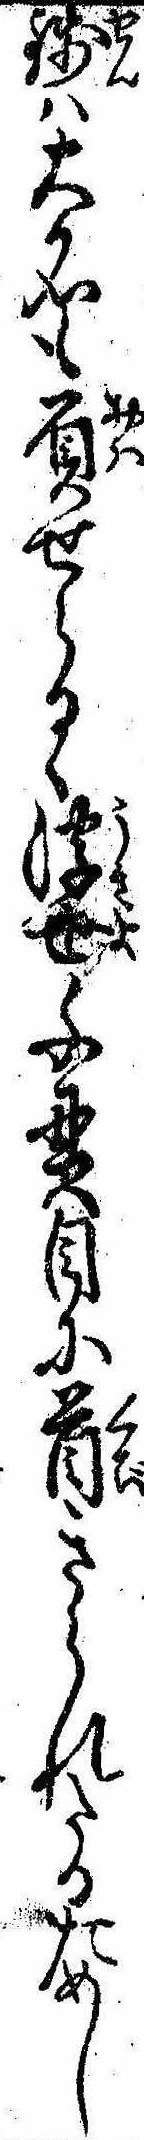
銭は大名も屓せらる〱浮世千貫目に首きられたるためし